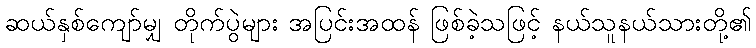
ဆယ်နှစ်ကျော်မျှ တိုက်ပွဲများ အပြင်းအထန် ဖြစ်ခဲ့သဖြင့် နယ်သူနယ်သားတို့၏